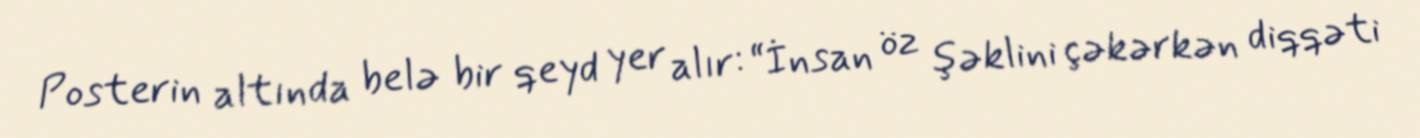
Posterin altında belə bir qeyd yer alır: “İnsan öz şəklini çəkərkən diqqəti